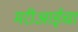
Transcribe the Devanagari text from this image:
मरीआईचा